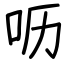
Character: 呖